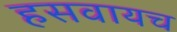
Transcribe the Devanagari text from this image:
हसवायच